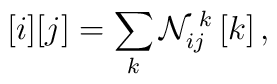
\, [i] [j] = \sum_{k} {\cal N}_{ij}^{\, \, k} \, [k]\, ,